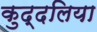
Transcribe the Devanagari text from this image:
कुद्दलिया